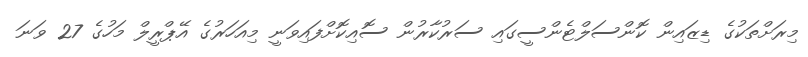
މިރަށްތަކުގެ ޑިޒައިން ކޮންސަލްޓެންސީގައި ސަރުކާރުން ސޮއިކޮށްފައިވަނީ މިއަހަރުގެ އޭޕްރީލް މަހުގެ 27 ވަނަ